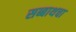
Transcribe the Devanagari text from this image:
सब्बाथचा